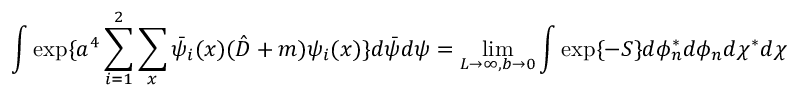
\int \exp \{ a ^ { 4 } \sum _ { i = 1 } ^ { 2 } \sum _ { x } \bar { \psi } _ { i } ( x ) ( \hat { D } + m ) \psi _ { i } ( x ) \} d \bar { \psi } d \psi = \operatorname * { l i m } _ { L \rightarrow \infty , b \rightarrow 0 } \int \exp \{ - S \} d \phi _ { n } ^ { * } d \phi _ { n } d \chi ^ { * } d \chi